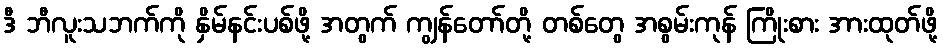
ဒီ ဘီလူးသဘက်ကို နှိမ်နင်းပစ်ဖို့ အတွက် ကျွန်တော်တို့ တစ်တွေ အစွမ်းကုန် ကြိုးစား အားထုတ်ဖို့